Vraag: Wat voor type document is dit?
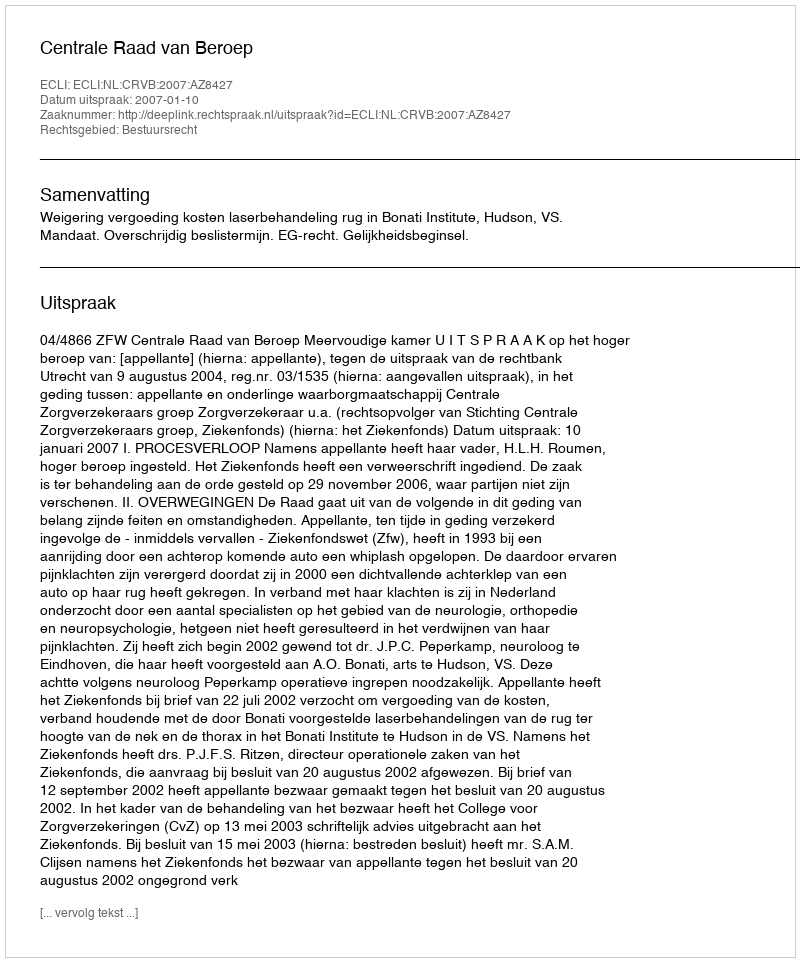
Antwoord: Uitspraak